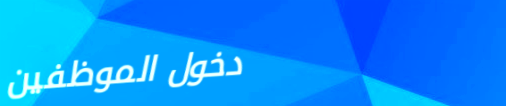
دخول الموظفين